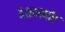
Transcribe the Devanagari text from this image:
देशासमोर